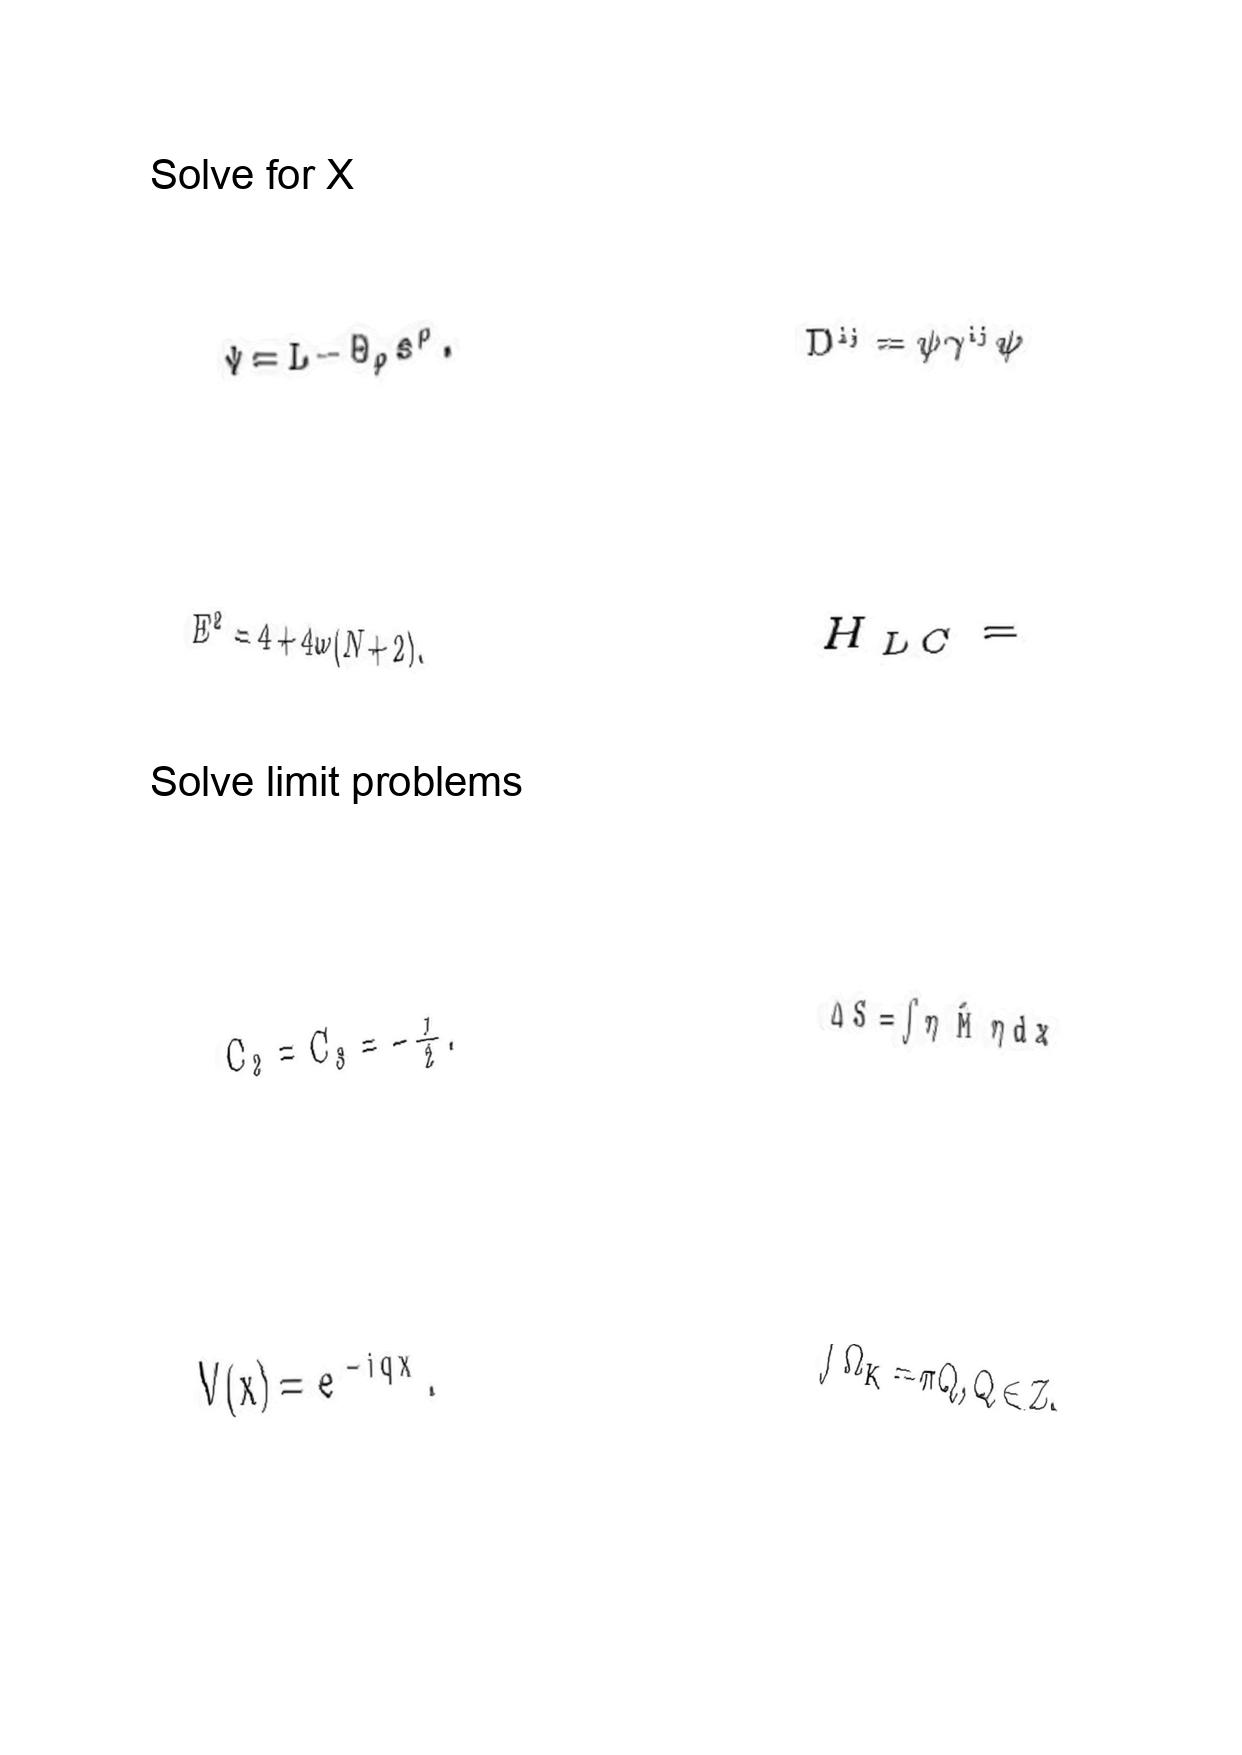
LaTeX transcription:
\Psi = L - \Theta _ { \rho } s ^ { \rho } .
E ^ { 2 } = 4 + 4 \omega \lparen N + 2 \rparen .
C _ { 2 } = C _ { 3 } = - \frac { 1 } { 2 } .
V \lparen x \rparen = e ^ { - i q x } .
D ^ { i j } = \psi \gamma ^ { i j } \psi
H _ { L C } =
\Delta S = \int \eta \hat { M } \eta d x
\int \Omega _ { K } = \pi Q , Q \in Z .